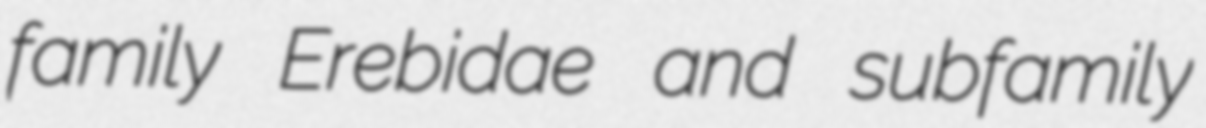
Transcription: family Erebidae and subfamily